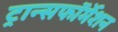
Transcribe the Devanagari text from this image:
ट्रान्सफॉर्मेशन